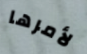
لأمرها